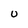
Character: U